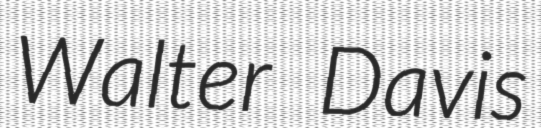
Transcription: Walter Davis